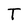
Character: T